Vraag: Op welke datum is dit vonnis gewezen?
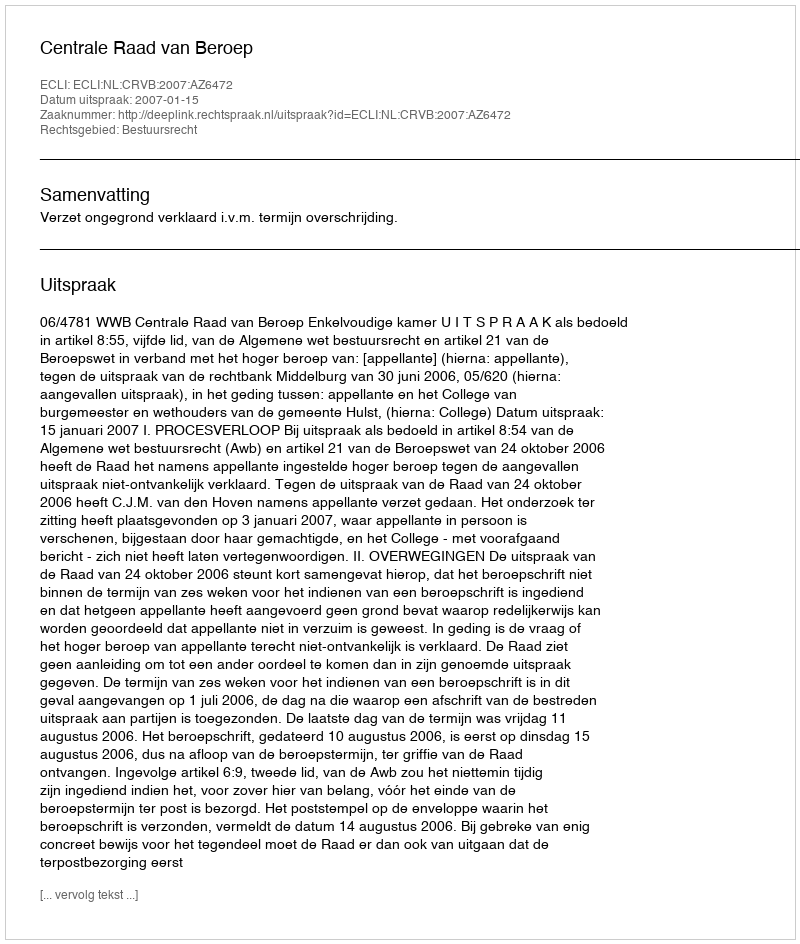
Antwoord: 2007-01-15